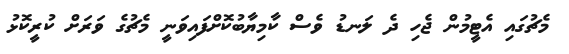
މެޗުގައި އެޓީމުން ޖެހި ދެ ލަނޑު ވެސް ކާމިޔާބުކޮށްފައިވަނީ މެޗުގެ ވަރަށް ކުރީކޮޅު